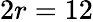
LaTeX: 2r=12